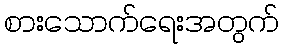
စားသောက်ရေးအတွက်